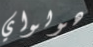
هولواي